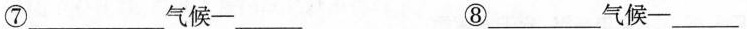
⑦___气候—___ ⑧___气候—___